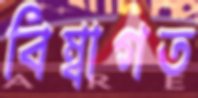
বিম্বাগত